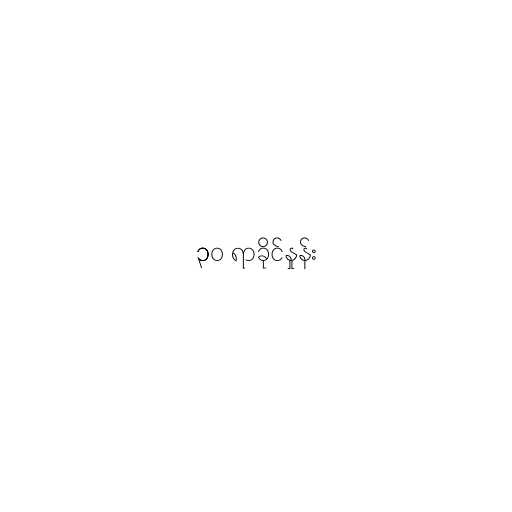
၃၀ ရာခိုင်နှုန်း